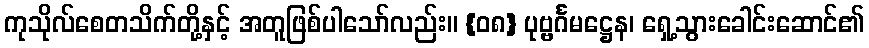
ကုသိုလ်စေတသိက်တို့နှင့် အတူဖြစ်ပါသော်လည်း။ {၀၈} ပုဗ္ဗင်္ဂမဋ္ဌေန၊ ရှေ့သွားခေါင်းဆောင်၏